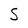
Character: S